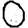
Digit: 0